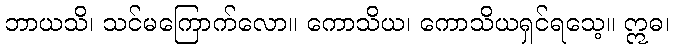
ဘာယသိ၊ သင်မကြောက်လော။ ကောသိယ၊ ကောသိယရှင်ရသေ့။ ဣဓ၊